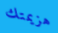
هزيمتك